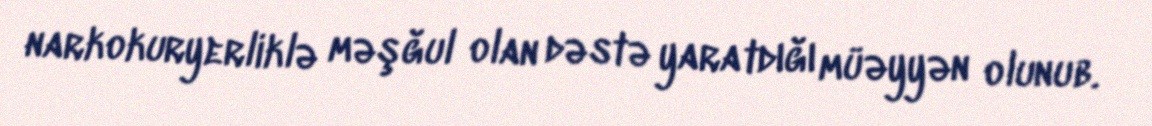
narkokuryerliklə məşğul olan dəstə yaratdığı müəyyən olunub.